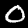
Label: 0